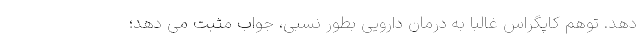
دهد. توهم کاپگراس غالبا به درمان دارویی بطور نسبی، جواب مثبت می دهد؛